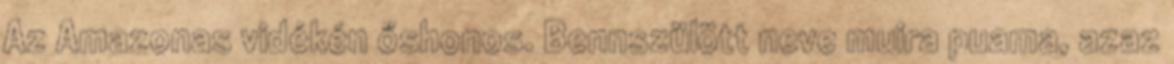
Az Amazonas vidékén őshonos. Bennszülött neve muira puama, azaz